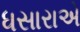
ધસારાએ